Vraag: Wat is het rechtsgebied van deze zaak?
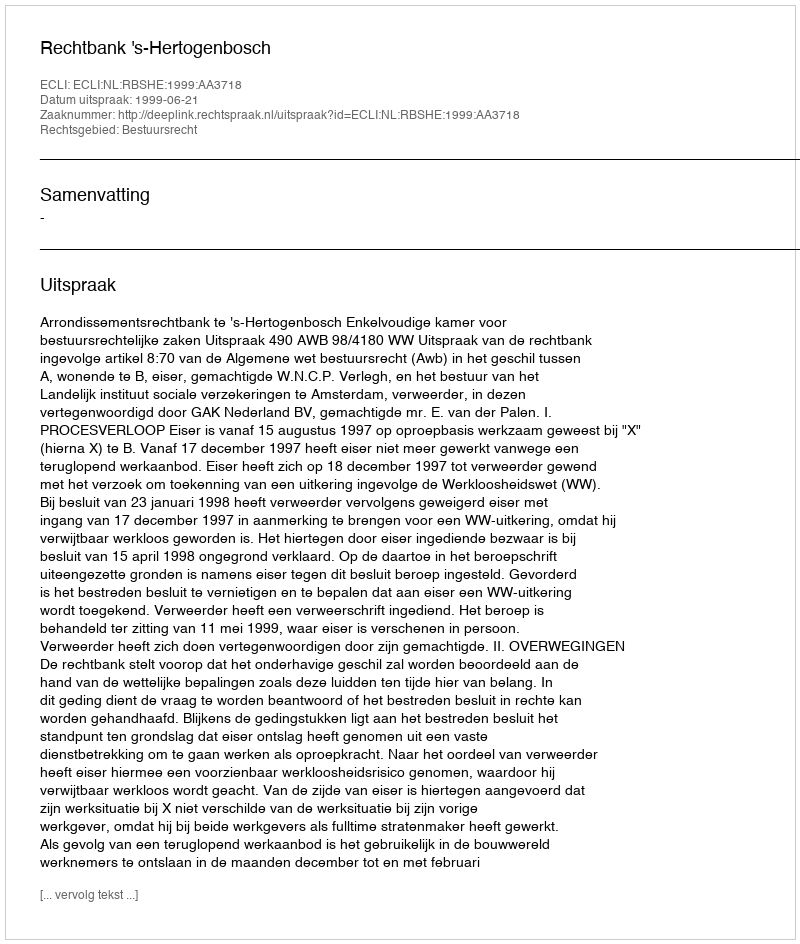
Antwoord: Bestuursrecht